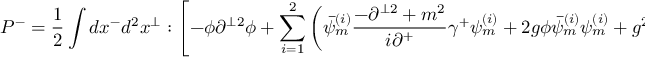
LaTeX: P ^ { - } = \frac { 1 } { 2 } \int d x ^ { - } d ^ { 2 } x ^ { \perp } : \left[ - \phi \partial ^ { \perp 2 } \phi + \sum _ { i = 1 } ^ { 2 } \left( \bar { \psi } _ { m } ^ { ( i ) } \frac { - \partial ^ { \perp 2 } + m ^ { 2 } } { i \partial ^ { + } } \gamma ^ { + } \psi _ { m } ^ { ( i ) } + 2 g \phi \bar { \psi } _ { m } ^ { ( i ) } \psi _ { m } ^ { ( i ) } + g ^ { 2 } \bar { \psi } _ { m } ^ { ( i ) } \phi \frac { \gamma ^ { + } } { i \partial ^ { + } } \phi \psi _ { m } ^ { ( i ) } \right) \right] : \; .